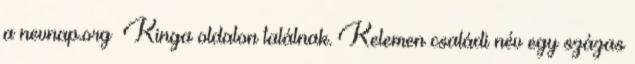
a nevnap.org Kinga oldalon találnak. Kelemen családi név egy százas